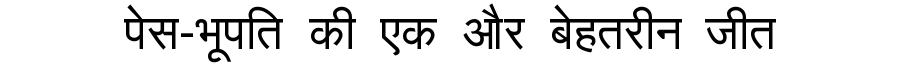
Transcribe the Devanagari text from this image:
पेस-भूपति की एक और बेहतरीन जीत